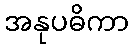
အနုပဓိကာ